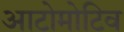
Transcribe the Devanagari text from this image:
आटोमोटिव